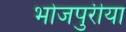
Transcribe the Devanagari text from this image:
भोजपुरीया